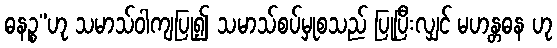
ဓနဉ္စ”ဟု သမာသ်ဝါကျပြု၍ သမာသ်စပ်မှုစသည် ပြုပြီးလျှင် မဟန္တဓန ဟု